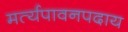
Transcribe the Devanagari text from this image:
मर्त्यपावनपदाय